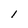
Character: I